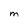
Character: M